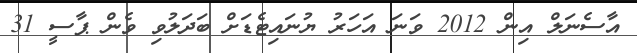
އާސެނަލް އިން 2012 ވަނަ އަހަރު ޔުނައިޓެޑަށް ބަދަލުވި ވެން ޕާސީ 31